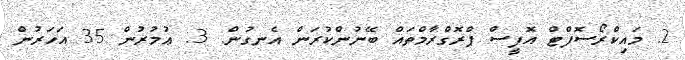
2. މައިކްރޯސޮފްޓް އޮފީސް ޕްރޮގްރާމްތައް ބޭނުންކުރަން އެނގުން. 3. ޢުމުރުން 35 އަހަރުން